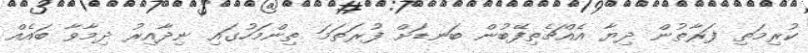
ކުރިމަތި ފަރާތުން ދިޔާ އެއްޗެތިފޭބުން ބަނޑަށް ފުރަތަމަ ތިންމަހުގައި ނިދާއިރު ދިމާވާ ބައެއް